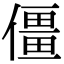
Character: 僵